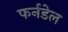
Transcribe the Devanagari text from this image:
फर्नडेल